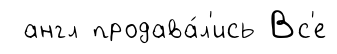
англ продава́л'ись Вс'е